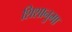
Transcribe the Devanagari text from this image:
शिशानुमा